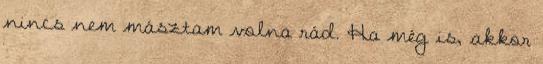
nincs nem másztam volna rád. Ha még is, akkor